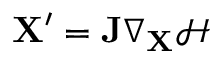
\mathbf { X } ^ { \prime } = \mathbf { J } \nabla _ { \mathbf { X } } \mathcal { H }